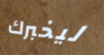
ليخبرك